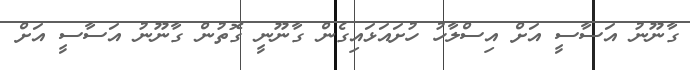
ގާނޫނު އަސާސީ އަށް އިސްލާހު ހުށައަޅައިގެން ގާނޫނީ ގޮތުން ގާނޫނު އަސާސީ އަށް